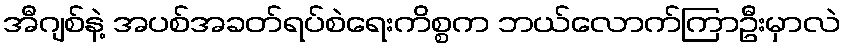
အီဂျစ်နဲ့ အပစ်အခတ်ရပ်စဲရေးကိစ္စက ဘယ်လောက်ကြာဦးမှာလဲ